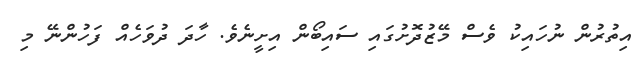
އިތުރުން ނުހައިކު ވެސް މޭޒުދޮށުގައި ސައިބޯން އިށީނެވެ. ހާދަ ދުވަހެއް ފަހުންނޭ މި